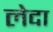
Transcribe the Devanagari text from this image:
लेदा